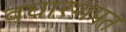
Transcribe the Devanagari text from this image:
वघारशपत